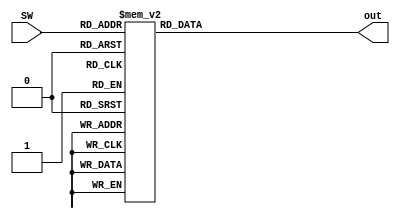
`timescale 1ns / 1ps
//////////////////////////////////////////////////////////////////////////////////
// Company: 
// Engineer: 
// 
// Design Name: 
// Module Name: hex2seg
// Project Name: 
// Target Devices: 
// Tool Versions: 
// Description: 
// 
// Dependencies: 
// 
// Revision:
// Revision 0.01 - File Created
// Additional Comments:
// 
//////////////////////////////////////////////////////////////////////////////////


module hex2seg(
    input [3:0] SW,
    output reg [6:0] out
    );
    
    always @(*) begin
        case(SW)
            4'b0000: out = 7'b0000001;  //0
            4'b0001: out = 7'b1001111;  //1
            4'b0010: out = 7'b0010010;  //2
            4'b0011: out = 7'b0000110;  //3
            4'b0100: out = 7'b1001100;  //4
            4'b0101: out = 7'b0100100;  //5
            4'b0110: out = 7'b0100000;  //6
            4'b0111: out = 7'b0001111;  //7
            4'b1000: out = 7'b0000000;  //8
            4'b1001: out = 7'b0000100;  //9
            4'b1010: out = 7'b0001000;  //A
            4'b1011: out = 7'b1100000;  //b
            4'b1100: out = 7'b0110001;  //C
            4'b1101: out = 7'b1000010;  //d
            4'b1110: out = 7'b0110000;  //E
            4'b1111: out = 7'b0111000;  //F
        endcase
    end
endmodule